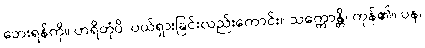
ဘေးရန်ကို။ ဟရိတုံပိ၊ ပယ်ရှားခြင်းလည်းကောင်း။ သက္ကောန္တိ၊ ကုန်၏။ ပန၊